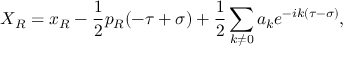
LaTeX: X _ { R } = x _ { R } - \frac { 1 } { 2 } p _ { R } ( - \tau + \sigma ) + \frac { 1 } { 2 } \sum _ { k \neq 0 } a _ { k } e ^ { - i k ( \tau - \sigma ) } ,